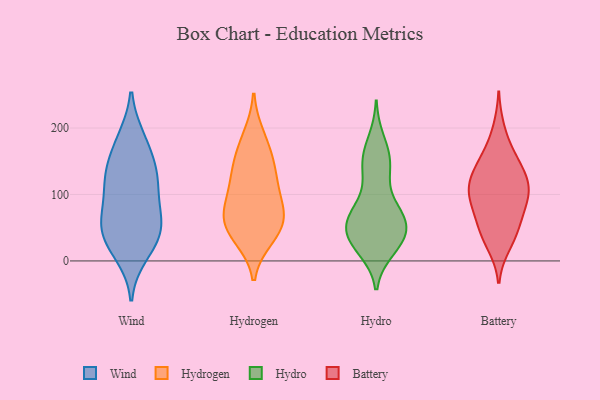
{"axis": {"x": "Population (Million)", "y": "Value"}, "legend": ["Battery", "Hydro", "Hydrogen", "Wind"], "data": [{"x": "", "y": 115, "type": "Wind"}, {"x": "", "y": 184, "type": "Wind"}, {"x": "", "y": 151, "type": "Wind"}, {"x": "", "y": 65, "type": "Wind"}, {"x": "", "y": 10, "type": "Wind"}, {"x": "", "y": 24, "type": "Wind"}, {"x": "", "y": 32, "type": "Wind"}, {"x": "", "y": 119, "type": "Wind"}, {"x": "", "y": 181, "type": "Wind"}, {"x": "", "y": 60, "type": "Wind"}, {"x": "", "y": 132, "type": "Wind"}, {"x": "", "y": 45, "type": "Wind"}, {"x": "", "y": 82, "type": "Wind"}, {"x": "", "y": 127, "type": "Wind"}, {"x": "", "y": 54, "type": "Wind"}, {"x": "", "y": 45, "type": "Hydrogen"}, {"x": "", "y": 82, "type": "Hydrogen"}, {"x": "", "y": 58, "type": "Hydrogen"}, {"x": "", "y": 88, "type": "Hydrogen"}, {"x": "", "y": 49, "type": "Hydrogen"}, {"x": "", "y": 36, "type": "Hydrogen"}, {"x": "", "y": 75, "type": "Hydrogen"}, {"x": "", "y": 187, "type": "Hydrogen"}, {"x": "", "y": 167, "type": "Hydrogen"}, {"x": "", "y": 131, "type": "Hydrogen"}, {"x": "", "y": 141, "type": "Hydrogen"}, {"x": "", "y": 121, "type": "Hydrogen"}, {"x": "", "y": 30, "type": "Hydro"}, {"x": "", "y": 74, "type": "Hydro"}, {"x": "", "y": 26, "type": "Hydro"}, {"x": "", "y": 70, "type": "Hydro"}, {"x": "", "y": 59, "type": "Hydro"}, {"x": "", "y": 181, "type": "Hydro"}, {"x": "", "y": 162, "type": "Hydro"}, {"x": "", "y": 134, "type": "Hydro"}, {"x": "", "y": 154, "type": "Hydro"}, {"x": "", "y": 35, "type": "Hydro"}, {"x": "", "y": 23, "type": "Hydro"}, {"x": "", "y": 70, "type": "Hydro"}, {"x": "", "y": 66, "type": "Hydro"}, {"x": "", "y": 125, "type": "Hydro"}, {"x": "", "y": 39, "type": "Hydro"}, {"x": "", "y": 54, "type": "Hydro"}, {"x": "", "y": 149, "type": "Hydro"}, {"x": "", "y": 74, "type": "Hydro"}, {"x": "", "y": 18, "type": "Hydro"}, {"x": "", "y": 42, "type": "Hydro"}, {"x": "", "y": 74, "type": "Battery"}, {"x": "", "y": 87, "type": "Battery"}, {"x": "", "y": 108, "type": "Battery"}, {"x": "", "y": 113, "type": "Battery"}, {"x": "", "y": 147, "type": "Battery"}, {"x": "", "y": 62, "type": "Battery"}, {"x": "", "y": 84, "type": "Battery"}, {"x": "", "y": 44, "type": "Battery"}, {"x": "", "y": 199, "type": "Battery"}, {"x": "", "y": 30, "type": "Battery"}, {"x": "", "y": 102, "type": "Battery"}, {"x": "", "y": 148, "type": "Battery"}, {"x": "", "y": 114, "type": "Battery"}, {"x": "", "y": 50, "type": "Battery"}, {"x": "", "y": 23, "type": "Battery"}, {"x": "", "y": 166, "type": "Battery"}, {"x": "", "y": 121, "type": "Battery"}, {"x": "", "y": 110, "type": "Battery"}, {"x": "", "y": 144, "type": "Battery"}]}